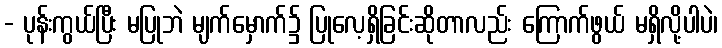
- ပုန်းကွယ်ပြီး မပြုဘဲ မျက်မှောက်၌ ပြုလေ့ရှိခြင်းဆိုတာလည်း ကြောက်ဖွယ် မရှိလို့ပါပဲ၊